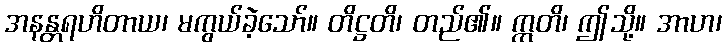
အနန္တရဟိတာယ၊ မကွယ်ခဲ့သော်။ တိဋ္ဌတိ၊ တည်၏။ ဣတိ၊ ဤသို့။ အာဟ၊